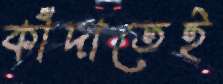
কাঁদাতেই